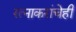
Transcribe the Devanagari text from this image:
रत्‍नाकरांचेही